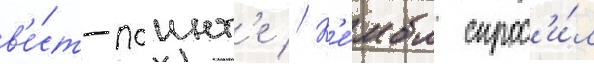
в'е́ст-поинт'е // К'е́мбл спрос'и́л